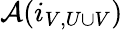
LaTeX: {\mathcal{A}}(i_{V,U\cup V})